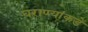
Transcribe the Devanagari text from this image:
घराण्यांकडे